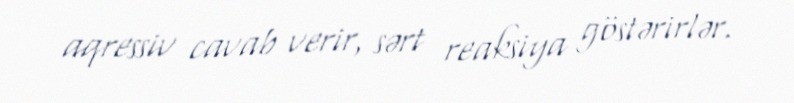
aqressiv cavab verir, sərt reaksiya göstərirlər.